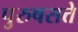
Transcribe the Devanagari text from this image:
पुरुषसत्ते